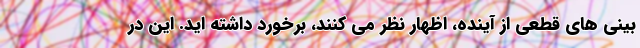
بینی های قطعی از آینده، اظهار نظر می کنند، برخورد داشته اید. این در